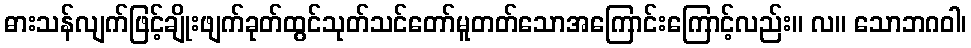
ဓားသန်လျက်ဖြင့်ချိုးဖျက်ခုတ်ထွင်သုတ်သင်တော်မူတတ်သောအကြောင်းကြောင့်လည်း။ လ။ သောဘဂဝါ၊